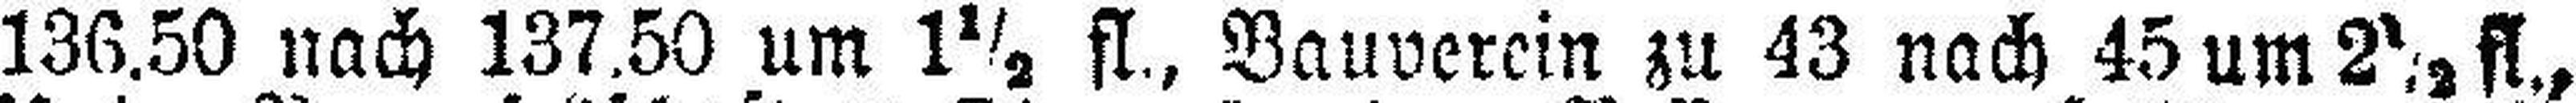
136.50 nach 137.50 um 1½ fl., Bauverein zu 43 nach 45 um 2½ fl.,